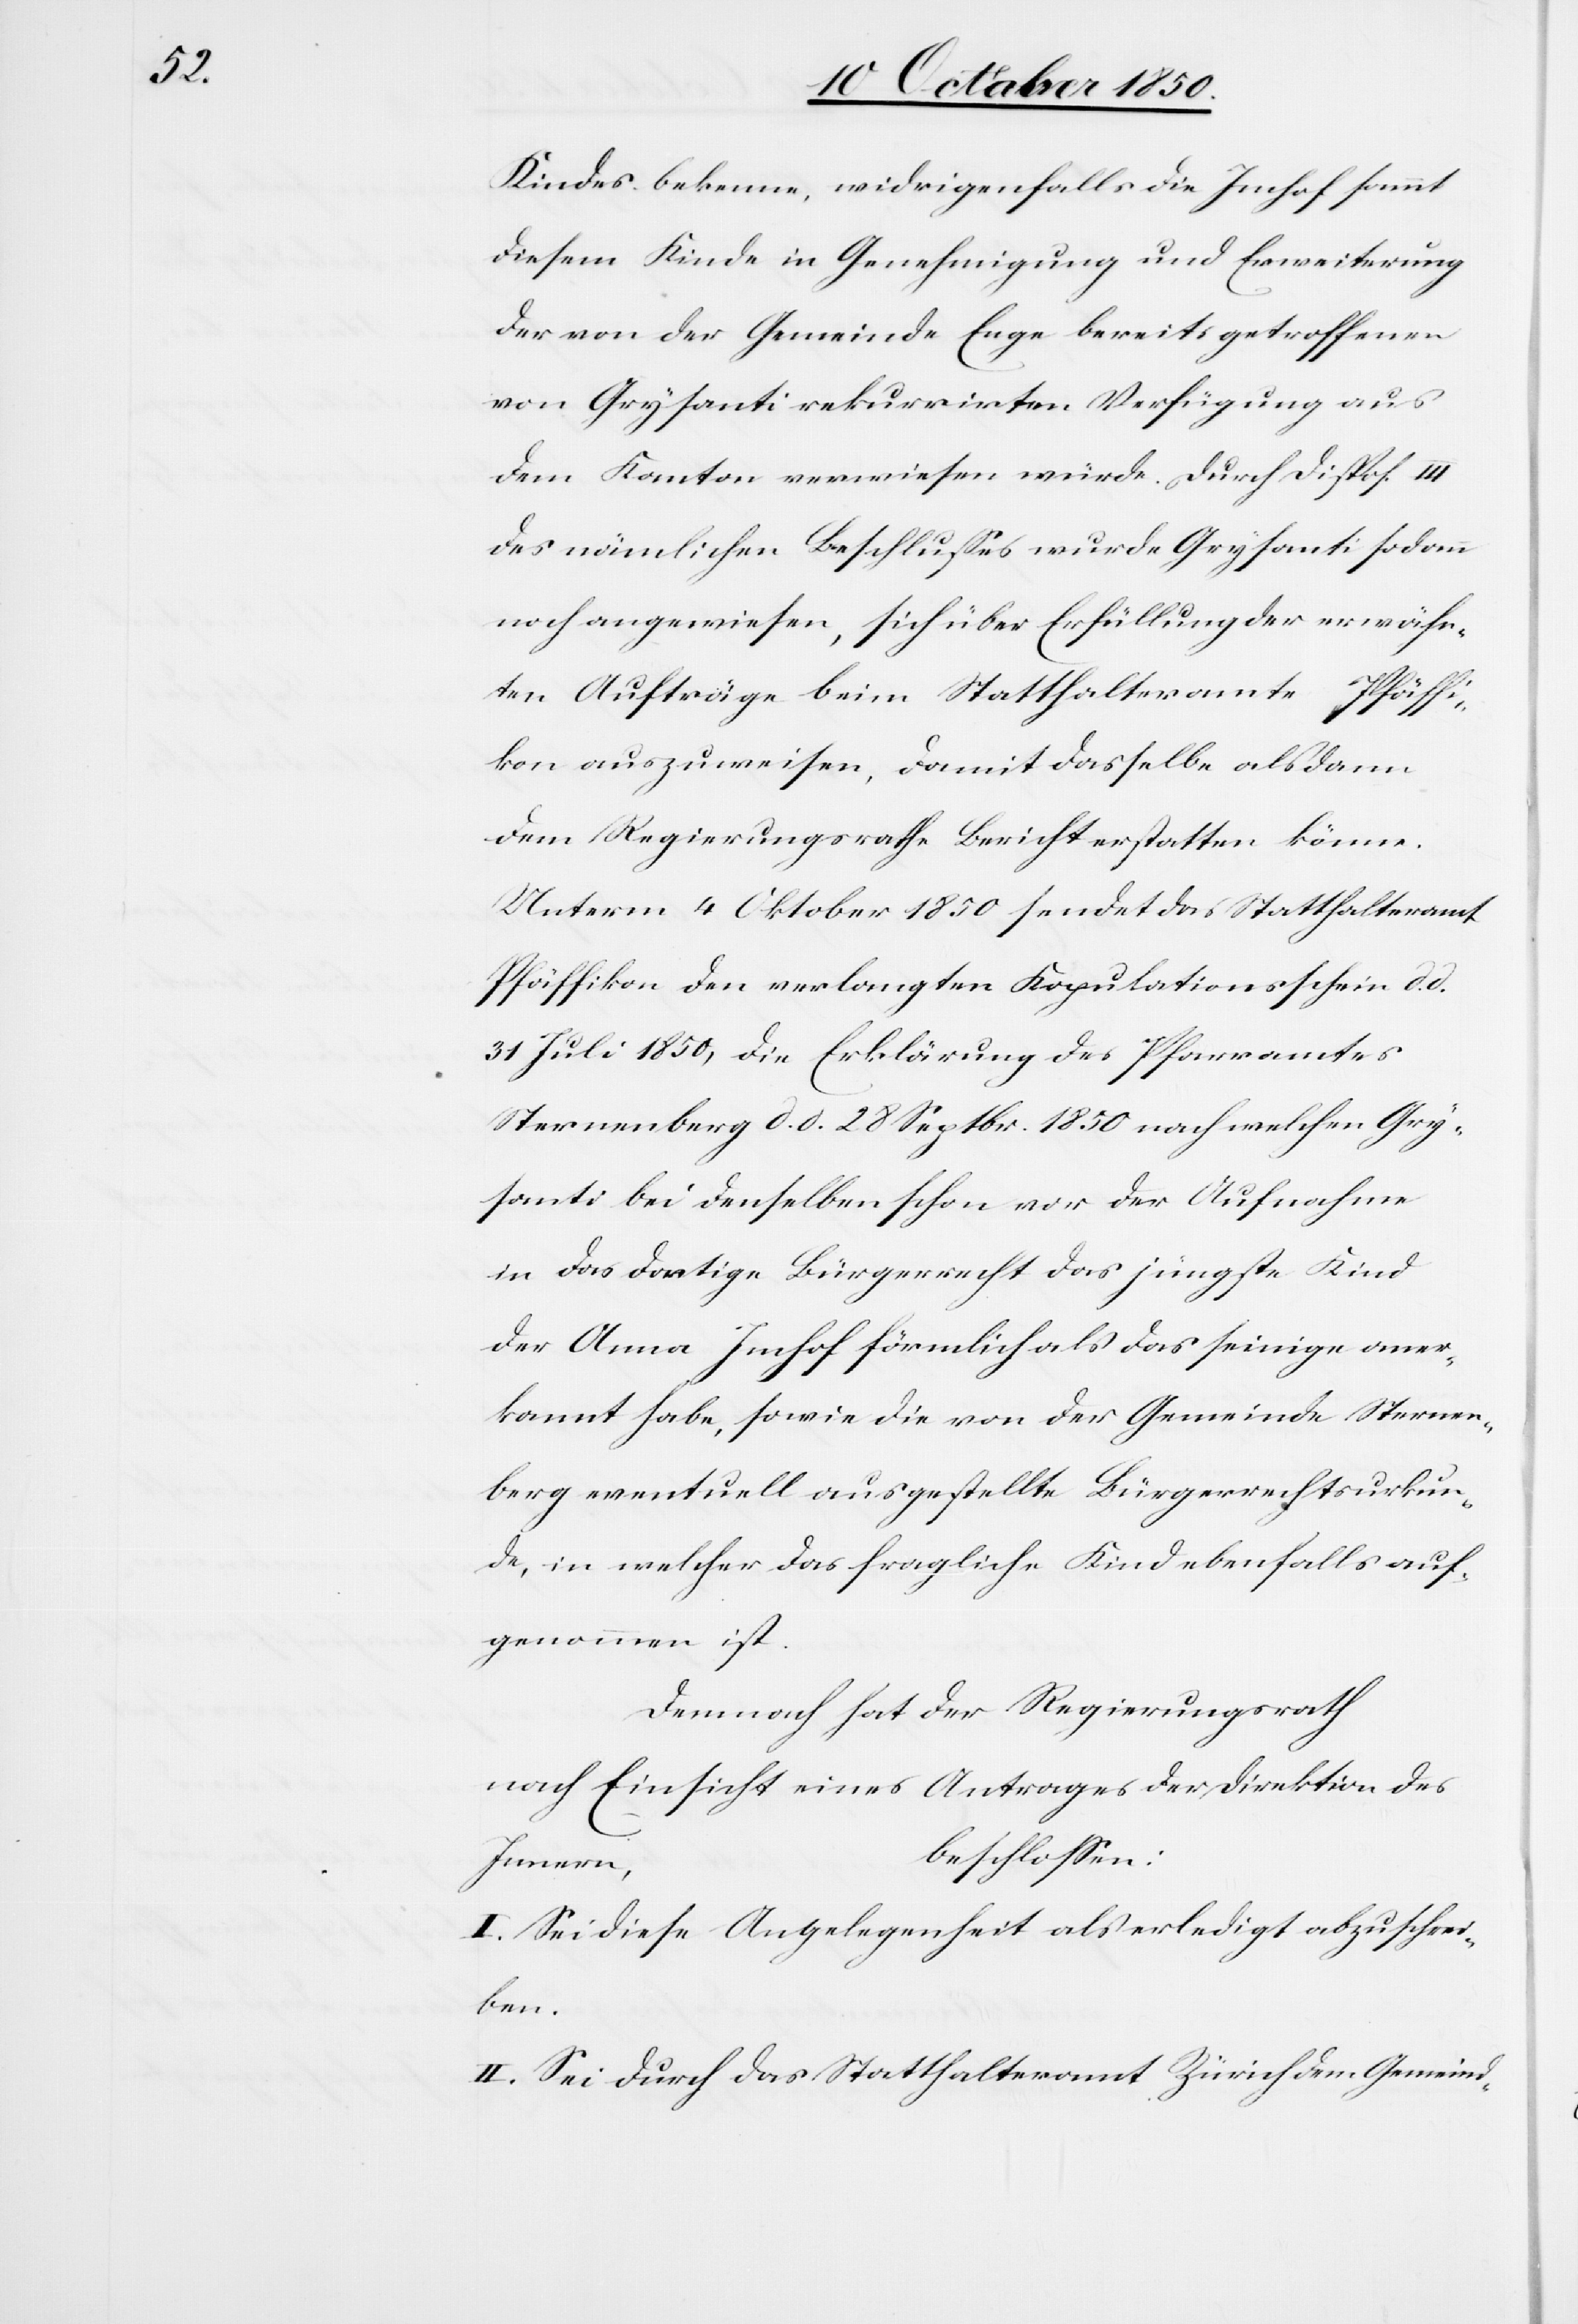
Kindes bekenne, widrigenfalls die Imhof sammt
diesem Kinde in Genehmigung und Erweiterung
der von der Gemeinde Enge bereits getroffenen
von Grysanti rekurrirten Verfügung aus
dem Kanton verwiesen würde. Durch Dispos. III
des nämlichen Beschlusses wurde Grysanti sodann
noch angewiesen, sich über Erfüllung der erwähn¬
ten Aufträge beim Statthalteramte Pfäffi¬
kon auszuweisen, damit dasselbe alsdann
dem Regierungsrathe Bericht erstatten könne.
Unterm 4 Oktober 1850 sendet das Statthalteramt
Pfäffikon den verlangten Kopulationsschein d. d.
31 Juli 1850, die Erklärung des Pfarramtes
Sternenberg d. d. 18 Septbr. 1850 nach welchen Gry¬
santi bei denselben schon vor der Aufnahme
in das dortige Bürgerrecht das jüngste Kinde
der Anna Imhof förmlich als das seinige aner¬
kannt habe, sowie die von der Gemeinde Sternen¬
berg eventuell ausgestellte Bürgerrechtsurkun¬
de, in welcher das fragliche Kind ebenfalls auf¬
genommen ist.
Demnach hat der Regierungsrath
nach Einsicht eines Antrages der Direktion des
beschlossen:
Innern,
I. Sei diese Angelegenheit als erledigt abzuschrei¬
ben.
II. Sei durch das Statthalteramt Zürich dem Gemeind-